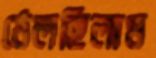
ঠেলছিলাম